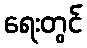
ရေးတွင်